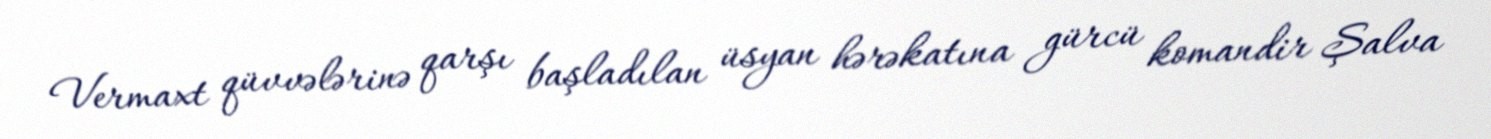
Vermaxt qüvvələrinə qarşı başladılan üsyan hərəkatına gürcü komandir Şalva